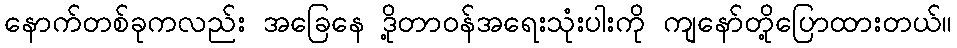
နောက်တစ်ခုကလည်း အခြေနေ ဒို့တာဝန်အရေးသုံးပါးကို ကျနော်တို့ပြောထားတယ်။